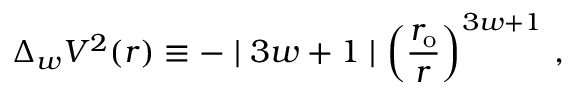
\Delta _ { w } V ^ { 2 } ( r ) \equiv - \mid 3 w + 1 \mid \left( \frac { r _ { \mathrm { { o } } } } { r } \right) ^ { 3 w + 1 } \, ,